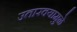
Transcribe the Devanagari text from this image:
उतारवयामुळे